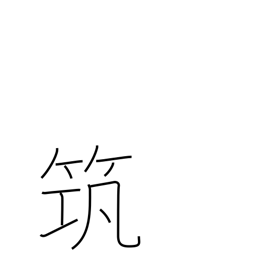
Meaning: an ancient musical instrument